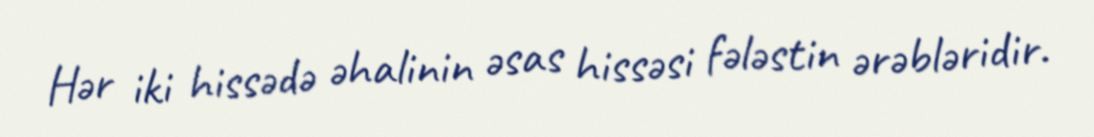
Hər iki hissədə əhalinin əsas hissəsi fələstin ərəbləridir.